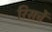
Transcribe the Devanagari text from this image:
रिसर्चे